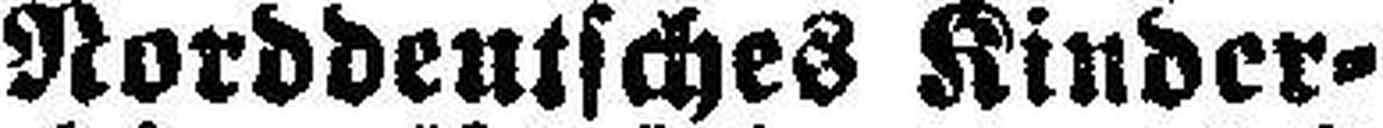
Norddeutsches Kinder¬